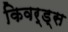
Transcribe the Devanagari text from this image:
किवर्ड्स